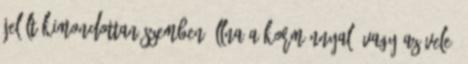
jelölt kimondottan szemben állna a kormánnyal, vagy az vele,